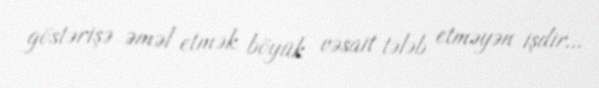
göstərişə əməl etmək böyük vəsait tələb etməyən işdir...